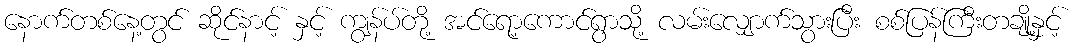
နောက်တစ်နေ့တွင် ဆိုင်နာင့် နှင့် ကျွန်ပ်တို့ အင်ရော့ကောင်ရွာသို့ လမ်းလျှောက်သွားပြီး စစ်ပြန်ကြီးတချို့နှင့်